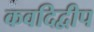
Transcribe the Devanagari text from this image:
कवदिद्वीप